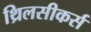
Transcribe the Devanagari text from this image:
थ्रिलसीकर्स